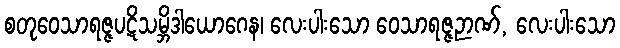
စတုဝေသာရဇ္ဇပဋိသမ္ဘိဒါယောဂေန၊ လေးပါးသော ဝေသာရဇ္ဇဉာဏ်, လေးပါးသော